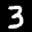
Digit: 3